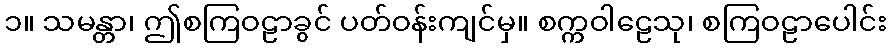
၁။ သမန္တာ၊ ဤစကြဝဠာခွင် ပတ်ဝန်းကျင်မှ။ စက္ကဝါဠေသု၊ စကြဝဠာပေါင်း